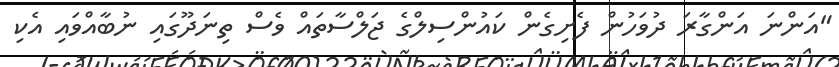
"އަންނަ އަންގާރަ ދުވަހުން ފެށިގެން ކައުންސިލްގެ ޖަލްސާތައް ވެސް ތިނަދޫގައި ނުބާއްވައި އެކި